Scottish Leaving Certificate Examination, 1959
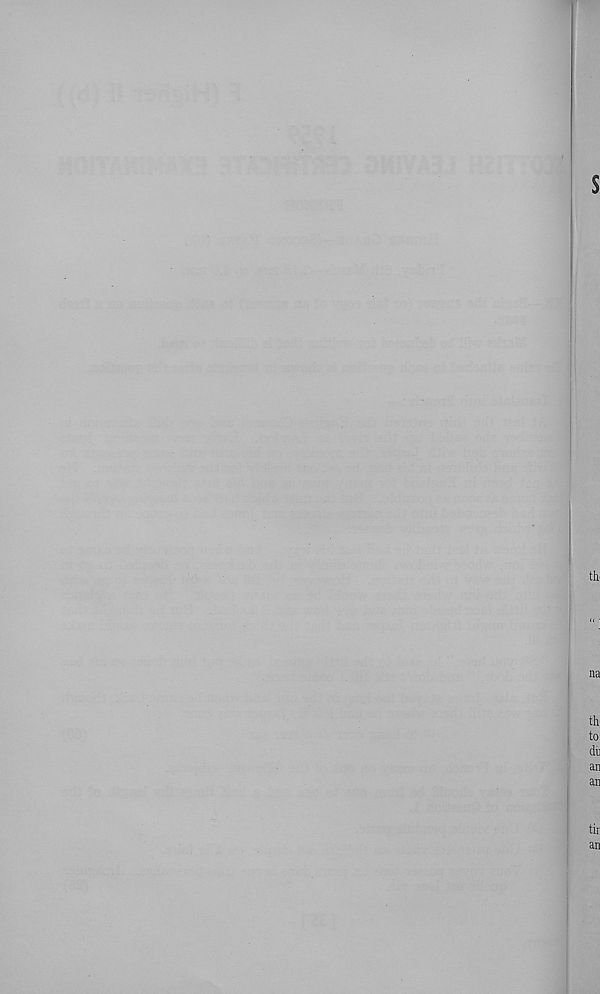
s
tb
na
tb
to
du
an
an
tir
an